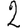
Digit: 2